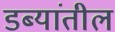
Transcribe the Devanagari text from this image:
डब्यांतील